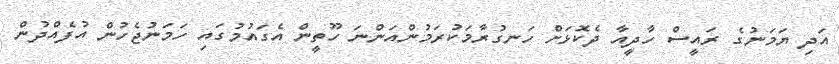
އަދި ޔަމަނުގެ ރައީސް ހާދީއާ ދެކޮޅަށް ހަނގުރާމަކުރަމުންއަންނަ ހޫތީން އެގައުމުގައި ހަމަނުޖެހުން އުފެއްދުން